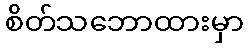
စိတ်သဘောထားမှာ